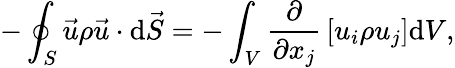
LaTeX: -\oint_{S}{\vec{u}}\rho{\vec{u}}\cdot\mathrm{d}{\vec{S}}=-\int_{V}{\frac{\partial}{\partial x_{j}}}\left[u_{i}\rho u_{j}\right]\mathrm{d}V,